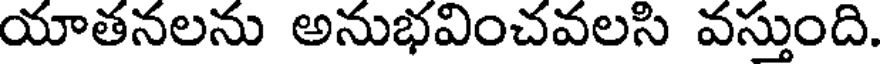
యాతనలను అనుభవించవలసి వస్తుంది.